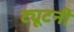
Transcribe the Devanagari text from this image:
ट्यूटनी